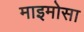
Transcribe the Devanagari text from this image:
माइमोसा